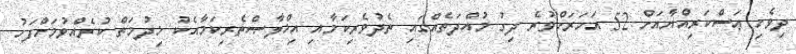
ދިވެހި ޢަސްކަރިއްޔާއަށް 52 އަހަރަށްވުރެ ދިގު މުއްދަތެއްގައި ތެދުވެރިކަމާއި އިޚްލާޞްތެރިކަމާއެކު ޚިދުމަތް ކުރެއްވުމަށްފަހު